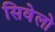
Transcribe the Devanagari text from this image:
सिवेलो